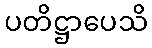
ပတိဋ္ဌာပေသိ